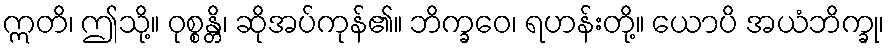
ဣတိ၊ ဤသို့။ ဝုစ္စန္တိ၊ ဆိုအပ်ကုန်၏။ ဘိက္ခဝေ၊ ရဟန်းတို့။ ယောပိ အယံဘိက္ခု၊